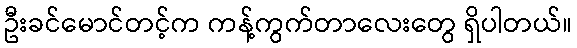
ဦးခင်မောင်တင့်က ကန့်ကွက်တာလေးတွေ ရှိပါတယ်။